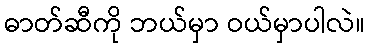
ဓာတ်ဆီကို ဘယ်မှာ ဝယ်မှာပါလဲ။